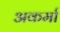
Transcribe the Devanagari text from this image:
अकर्मा